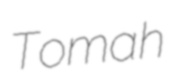
Tomah